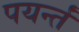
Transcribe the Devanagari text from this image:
पयर्न्तं